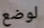
لوضع